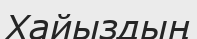
Хайыздың